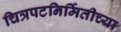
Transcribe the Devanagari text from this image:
चित्रपटनिर्मितीच्या